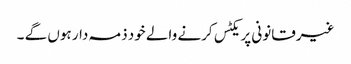
غیرقانونی پریکٹس کرنے والے خود ذمہ دار ہوں گے ۔